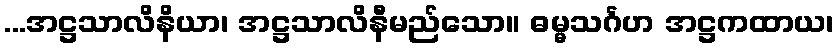
...အဋ္ဌသာလိနိယာ၊ အဋ္ဌသာလိနီမည်သော။ ဓမ္မသင်္ဂဟ အဋ္ဌကထာယ၊